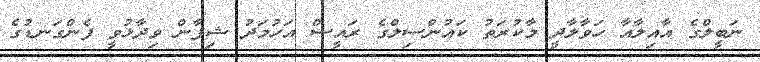
ނަބީލްގެ އާއިލާއާ ހަވާލާދީ މާކުރަތު ކައުންސިލްގެ ރައީސް އަހުމަދު ޝިފާން ވިދާޅުވީ ފެންގަނޑުގެ